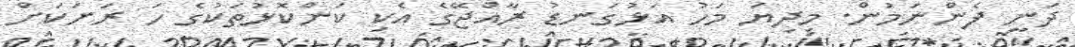
ދަނީ ފެންނަމުން. މިދިޔަ މަހު އަޅުގަނޑު ރާއްޖޭގެ އެކި ކަންކޮޅުތަކުގެ ހަ ރަށަކަށް